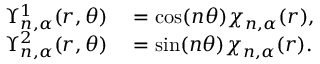
\begin{array} { r l } { \Upsilon _ { n , \alpha } ^ { 1 } ( r , \theta ) } & { { } = \cos ( n \theta ) \chi _ { n , \alpha } ( r ) , } \\ { \Upsilon _ { n , \alpha } ^ { 2 } ( r , \theta ) } & { { } = \sin ( n \theta ) \chi _ { n , \alpha } ( r ) . } \end{array}